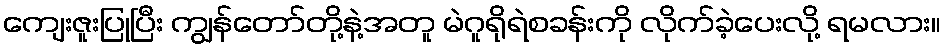
ကျေးဇူးပြုပြီး ကျွန်တော်တို့နဲ့အတူ မဲဂူရိုရဲစခန်းကို လိုက်ခဲ့ပေးလို့ ရမလား။